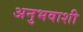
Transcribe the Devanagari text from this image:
अनुभवाशी